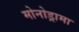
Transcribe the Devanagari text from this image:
मोनोड्रामा